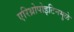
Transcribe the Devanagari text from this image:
एरिथ्रोपोइटिनमुळे